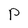
Character: p